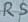
Text: RS